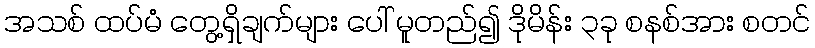
အသစ် ထပ်မံ တွေ့ရှိချက်များ ပေါ် မူတည်၍ ဒိုမိန်း ၃ခု စနစ်အား စတင်